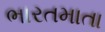
ભારતમાતા